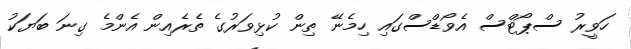
ހަވީރު ސްޕޯޓްސް އެވޯޑްސްގައި ހިމެނޭ ތިން ކުޅިވަރުގެ ތެރެއިން އެންމެ ގިނަ ބަޔަކު